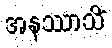
အနဿာသိံ